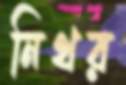
নিথর